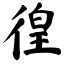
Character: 徨